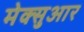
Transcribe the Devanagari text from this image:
मेक्सुआर